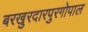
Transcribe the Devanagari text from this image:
बरखुरदारपुरगोपाल